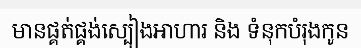
មានផ្គត់ផ្គង់ស្បៀងអាហារ និង ទំនុកបំរុងកូន